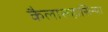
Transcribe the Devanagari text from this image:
कैलासहासिन्या